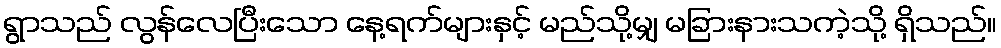
ရွာသည် လွန်လေပြီးသော နေ့ရက်များနှင့် မည်သို့မျှ မခြားနားသကဲ့သို့ ရှိသည်။